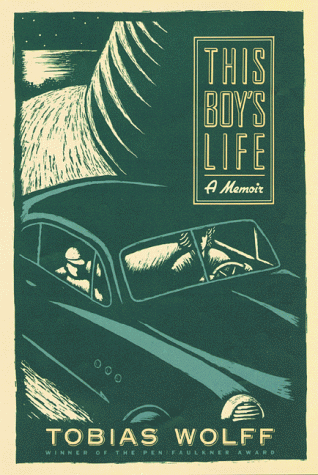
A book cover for This Boy's Life: A Memoir; Tobias Wolff; Literature & Fiction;